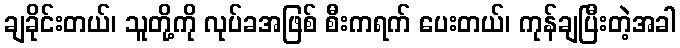
ချခိုင်းတယ်၊ သူတို့ကို လုပ်ခအဖြစ် စီးကရက် ပေးတယ်၊ ကုန်ချပြီးတဲ့အခါ